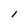
Character: l